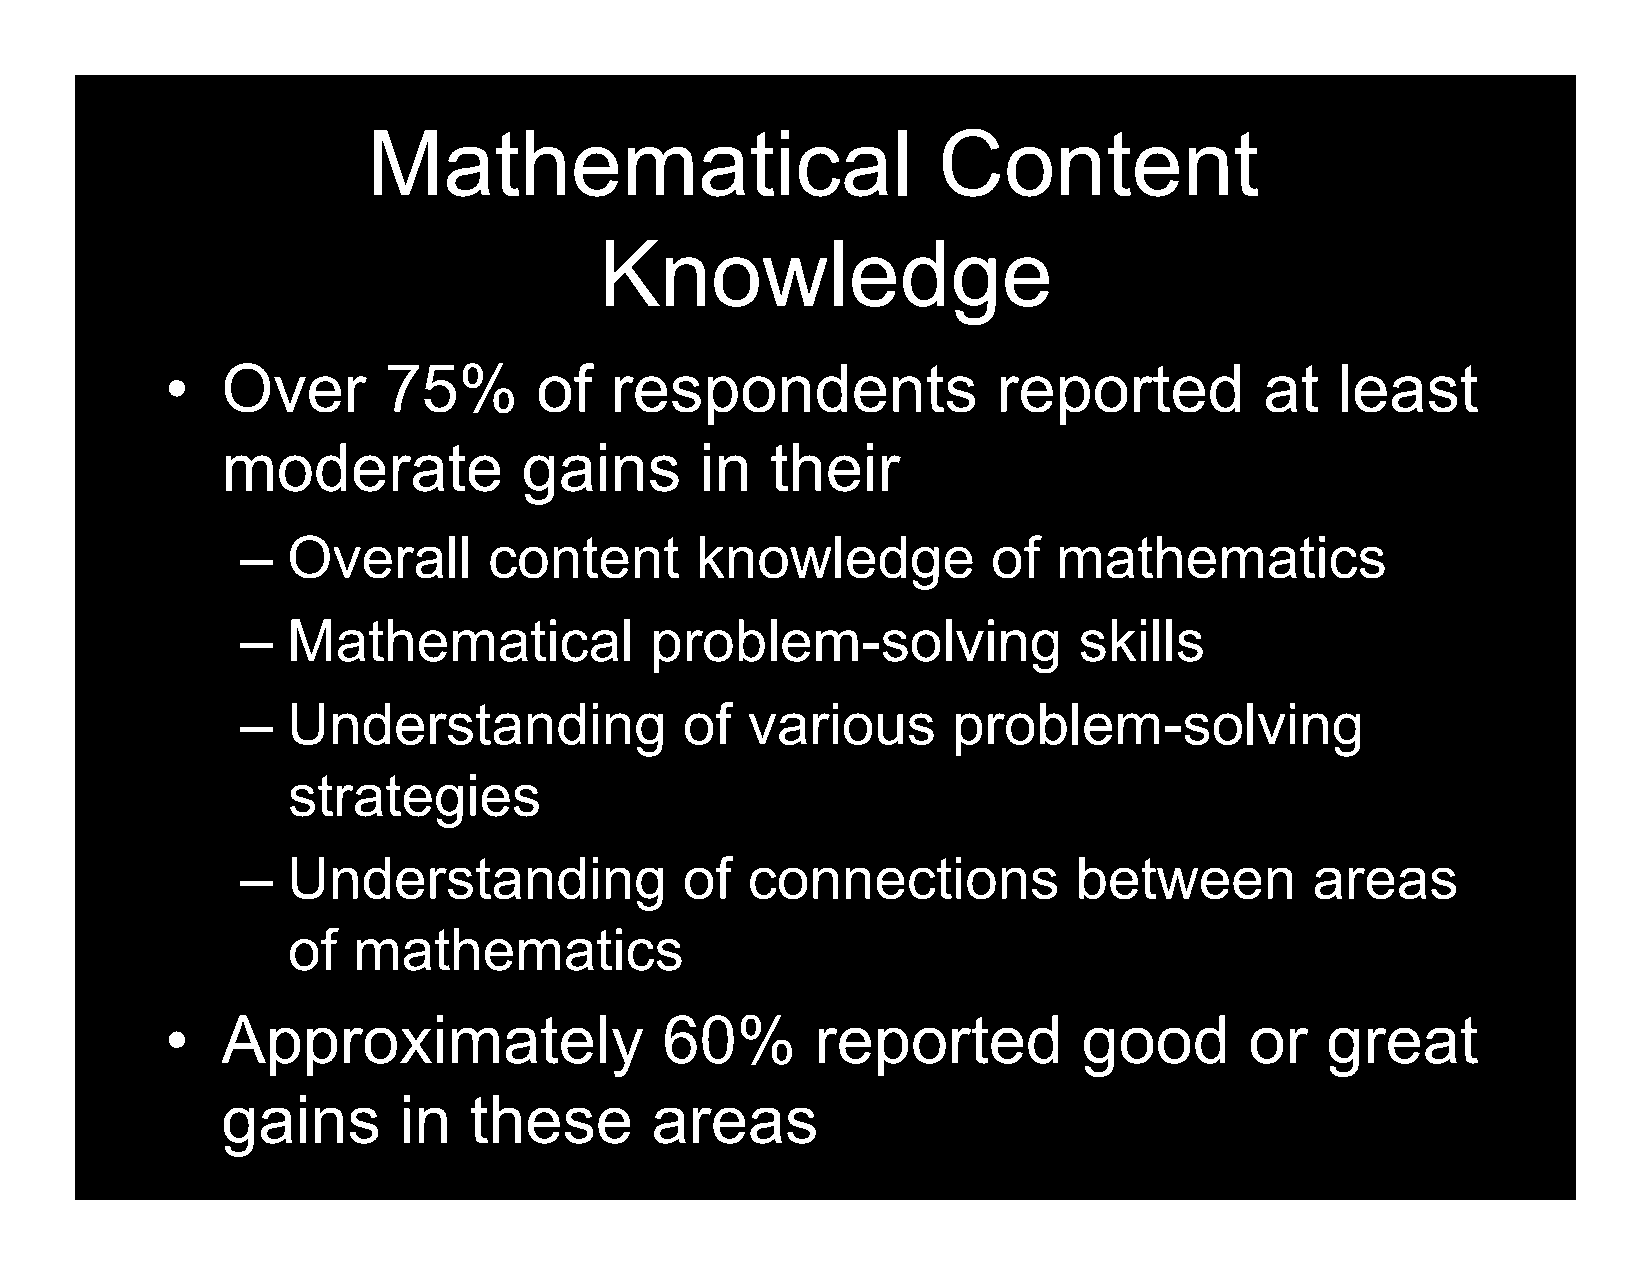
Mathematical                          Content
 Knowledge
 •   Over      75%       of   respondents               reported          at   least
 moderate            gains      in   their
 –  Overall      content       knowledge           of  mathematics
 –  Mathematical            problem-solving             skills
 –  Understanding             of  various       problem-solving
 strategies
 –  Understanding             of  connections           between         areas
 of  mathematics
 •   Approximately                60%       reported          good       or   great
 gains      in   these       areas